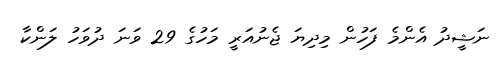
ނަޝީދު އެންމެ ފަހުން މިދިޔަ ޖެނުއަރީ މަހުގެ 29 ވަނަ ދުވަހު ލަންކާ